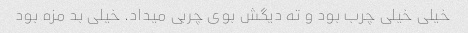
خیلی خیلی چرب بود و ته دیگش بوی چربی میداد. خیلی بد مزه بود